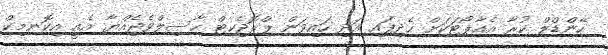
ހޭންޑްލް ކުރާ އެއާޕޯޓަކަށް ހެދިފައި އަދި ހައިވަން ޕްރޮޖެކޓް ހާސިލްވެޖެއްޔާ އެއީ އިކޮނމިކް